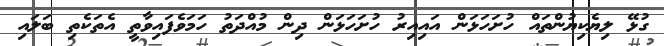
ގުޅޭ ލިޔެކިޔުންތައް ހުށަހަޅަން އައިއިރު ހުށަހަޅަން ދިން މުއްދަތު ހަމަވެފައިވާތީ އެތަކެތި ބަލައި